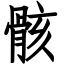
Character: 骸